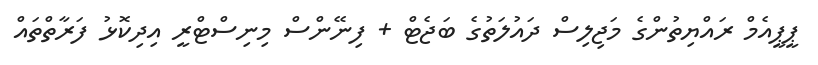
ޕީޕީއެމް ރައްޔިތުންގެ މަޖިލިސް ދައުލަތުގެ ބަޖެޓް + ފިނޭންސް މިނިސްޓްރީ އިދިކޮޅު ފަރާތްތައް